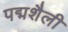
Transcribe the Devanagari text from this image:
पद्मशैली